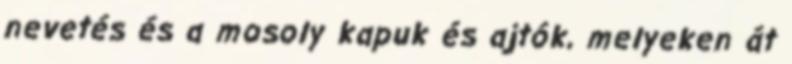
nevetés és a mosoly kapuk és ajtók, melyeken át